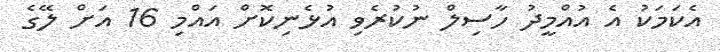
އެކަމަކު އެ އުއްމީދު ހާސިލް ނުކުރެވި އުޅެނިކޮށް އައްމި 16 އަށް ލޭގެ